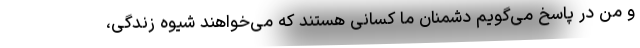
و من در پاسخ می‌گویم دشمنان ما کسانی هستند که ‌می‌خواهند شیوه زندگی‌،